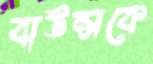
বাউন্সকে